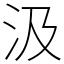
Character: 汲